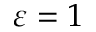
\varepsilon = 1